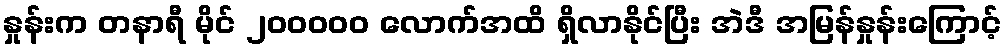
နှုန်းက တနာရီ မိုင် ၂၀၀၀၀၀ လောက်အထိ ရှိလာနိုင်ပြီး အဲဒီ အမြန်နှုန်းကြောင့်